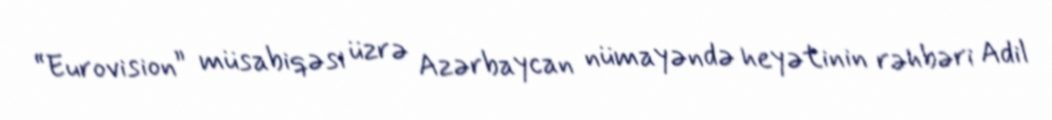
“Eurovision” müsabiqəsi üzrə Azərbaycan nümayəndə heyətinin rəhbəri Adil